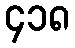
၄၁၈